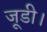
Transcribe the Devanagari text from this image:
जूडी।